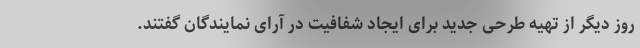
روز دیگر از تهیه طرحی جدید برای ایجاد شفافیت در آرای نمایندگان گفتند.